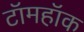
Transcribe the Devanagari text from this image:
टॉमहॉक